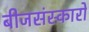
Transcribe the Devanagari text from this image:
बीजसंस्कारों